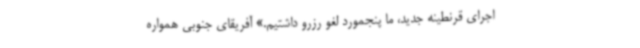
اجرای قرنطینه جدید، ما پنجمورد لغو رزرو داشتیم.» آفریقای جنوبی همواره